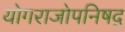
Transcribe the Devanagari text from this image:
योगराजोपनिषद्